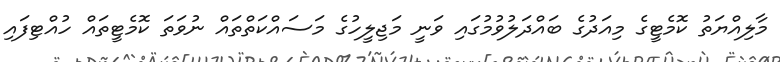
މާލިއްޔަތު ކޮމެޓީގެ މިއަދުގެ ބައްދަލުވުމުގައި ވަނީ މަޖިލީހުގެ މަސައްކަތްތައް ނުވަތަ ކޮމެޓީތައް ހުއްޓިފައި